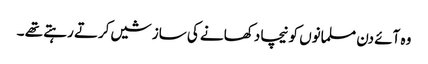
وہ آئے دن مسلمانوں کو نیچا دکھانے کی سازشیں کرتے رہتے تھے ۔